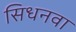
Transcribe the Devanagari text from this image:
सिधनवा